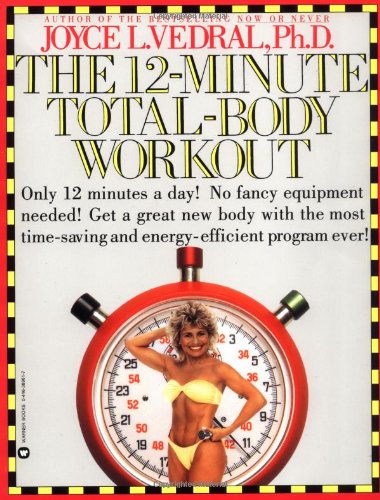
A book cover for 12-Minute Total-Body Workout; Joyce L. Vedral; Health, Fitness & Dieting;